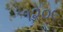
૧૨૦૯